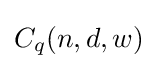
C_{q}(n,d,w)